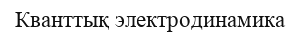
Кванттық электродинамика